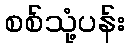
စစ်သုံ့ပန်း